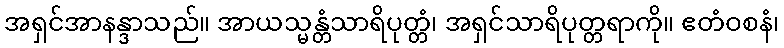
အရှင်အာနန္ဒာသည်။ အာယသ္မန္တံသာရိပုတ္တံ၊ အရှင်သာရိပုတ္တရာကို။ ဧတံဝစနံ၊